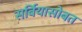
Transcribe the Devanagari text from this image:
सर्बियासोबत